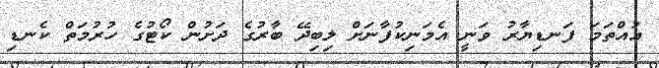
އުއްތަމަ ފަނޑިޔާރު ވަނީ އެމަނިކުފާނަށް ލިބިދޭ ބާރުގެ ދަށުން ކޯޓުގެ ހުރުމަތް ކެނޑި